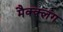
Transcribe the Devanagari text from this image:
मैक्क्लंग